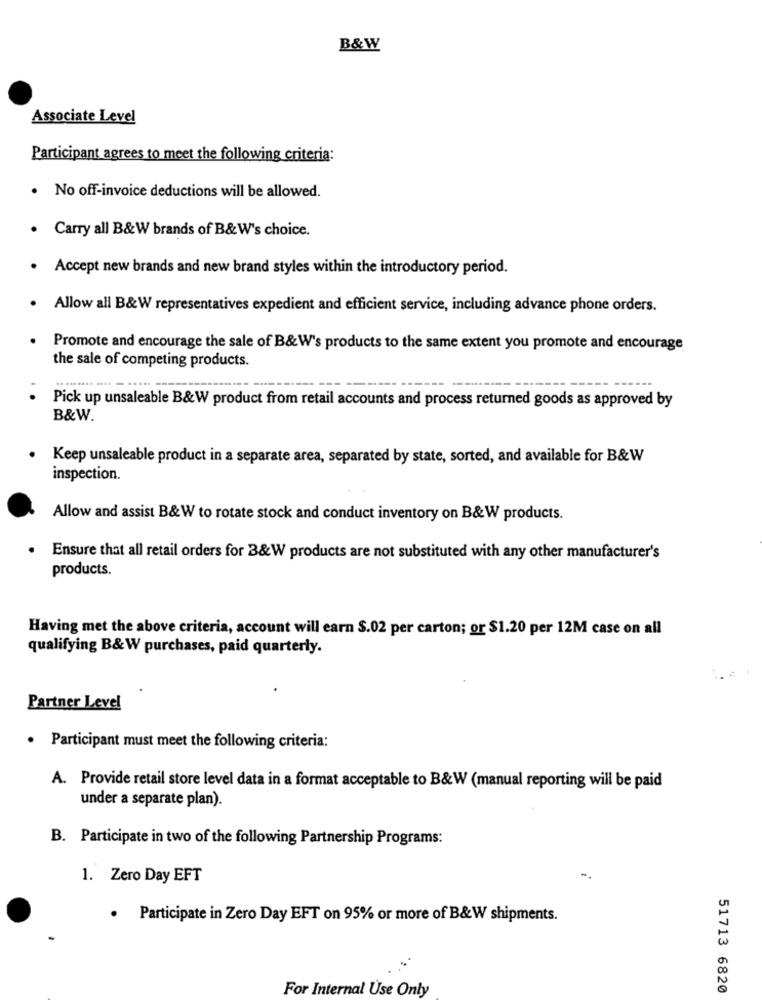
B&W
Associate Level
Participant agrees to meet the following criteria:
. No off-invoice deductions will be allowed.
. Carry all B&W brands of B&W's choice.
. Accept new brands and new brand styles within the introductory period.
· Allow all B&W representatives expedient and efficient service, including advance phone orders.
Promote and encourage the sale of B&W's products to the same extent you promote and encourage
the sale of competing products.
----- ---
Pick up unsaleable B&W product from retail accounts and process returned goods as approved by
B&W.
Keep unsaleable product in a separate area, separated by state, sorted, and available for B&W
inspection.
Allow and assist B&W to rotate stock and conduct inventory on B&W products.
Ensure that all retail orders for 3&W products are not substituted with any other manufacturer's
products.
Having met the above criteria, account will earn S.02 per carton; or $1.20 per 12M case on all
qualifying B&W purchases, paid quarterly.
Partner Level
· Participant must meet the following criteria:
A. Provide retail store level data in a format acceptable to B&W (manual reporting will be paid
under a separate plan).
B. Participate in two of the following Partnership Programs:
1. Zero Day EFT
-.
.
Participate in Zero Day EFT on 95% or more of B&W shipments.
For Internal Use Only
51713 6820